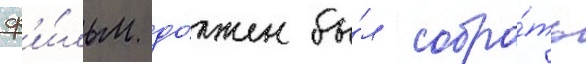
ф'и́льм до́лжен бы́л собра́ть